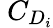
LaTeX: \ C_{D_{i}}